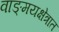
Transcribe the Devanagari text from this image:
वाङ्‌मयक्षेत्रात